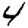
Digit: 4